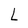
Character: L